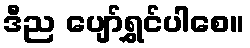
ဒီည ပျော်ရွှင်ပါစေ။